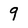
Character: 9